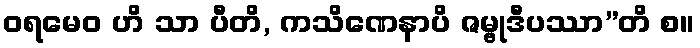
ဝရမေဝ ဟိ သာ ပီတိ, ကသိဏေနာပိ ဇမ္ဗုဒီပဿာ”တိ စ။